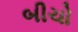
બીચો